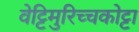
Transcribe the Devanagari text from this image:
वेट्टिमुरिच्चकोट्टा